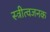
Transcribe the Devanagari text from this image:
स्त्रीत्वजनक